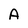
Character: A